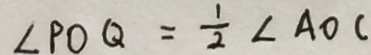
\angle P O Q = \frac { 1 } { 2 } \angle A O C